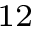
_ { 1 2 }